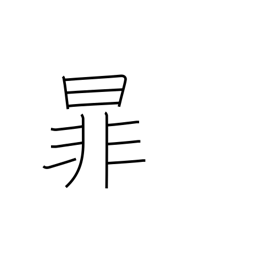
Meaning: be separated